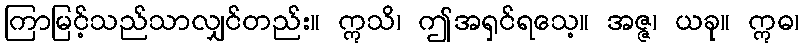
ကြာမြင့်သည်သာလျှင်တည်း။ ဣသိ၊ ဤအရှင်ရသေ့။ အဇ္ဇ၊ ယခု။ ဣဓ၊